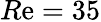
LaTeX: R\mathrm{e}=35